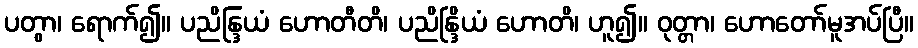
ပတွာ၊ ရောက်၍။ ပညိန္ဒြယံ ဟောတီတိ၊ ပညိန္ဒြိယံ ဟောတိ၊ ဟူ၍။ ဝုတ္တာ၊ ဟောတော်မူအပ်ပြီ။